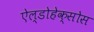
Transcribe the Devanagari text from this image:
ऐल्डोहेक्सोस